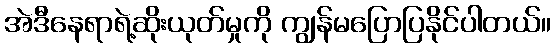
အဲဒီနေရာရဲ့ဆိုးယုတ်မှုကို ကျွန်မပြောပြနိုင်ပါတယ်။